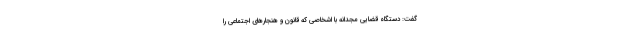
گفت: دستگاه قضایی مجدانه با اشخاصی که قانون و هنجارهای اجتماعی را